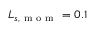
L _ { s , \mathrm { ~ m ~ o ~ m ~ } } = 0 . 1